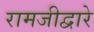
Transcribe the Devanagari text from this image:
रामजीद्वारे